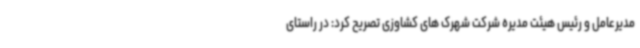
مدیرعامل و رئیس هیئت مدیره شرکت شهرک های کشاوزی تصریح کرد: در راستای